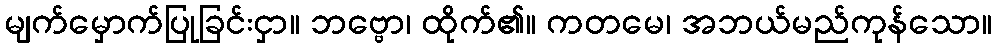
မျက်မှောက်ပြုခြင်းငှာ။ ဘဗ္ဗော၊ ထိုက်၏။ ကတမေ၊ အဘယ်မည်ကုန်သော။